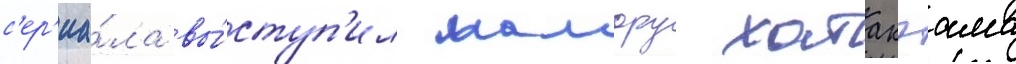
с'ер'иа́ла вы́ступ'ил мамору хатакэама